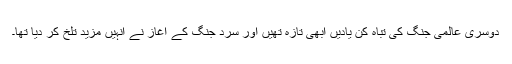
دوسری عالمی جنگ کی تباہ کُن یادیں ابھی تازہ تھیں اور سرد جنگ کے آغاز نے انہیں مزید تلخ کر دیا تھا۔